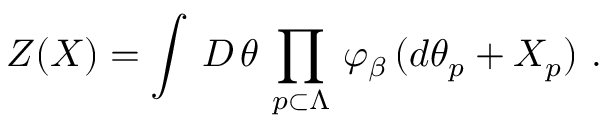
\left. Z ( X ) = \int \, { \cal D } \, \theta \, \prod _ { p \subset \Lambda } \, \varphi _ { \beta } \, ( d \theta _ { p } + X _ { p } ) \ . \right.